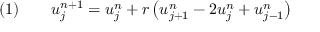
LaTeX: \quad ( 1 ) \qquad u _ { j } ^ { n + 1 } = u _ { j } ^ { n } + r \left( u _ { j + 1 } ^ { n } - 2 u _ { j } ^ { n } + u _ { j - 1 } ^ { n } \right)